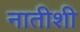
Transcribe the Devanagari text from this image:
नातीशी